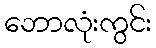
ဘောလုံးကွင်း